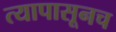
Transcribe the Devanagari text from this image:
त्यापासूनच